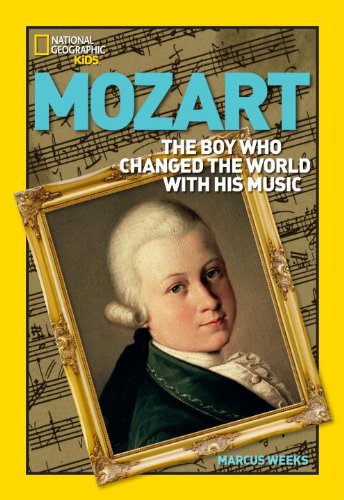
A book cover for World History Biographies: Mozart: The Boy Who Changed the World With His Music (National Geographic World History Biographies); Marcus Weeks; Children's Books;